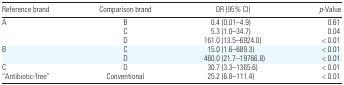
<table><thead><tr><td><b>Reference brand</b></td><td><b>Comparison brand</b></td><td><b>OR (95% CI)</b></td><td><b><i>p</i>-Value</b></td></tr></thead><tbody><tr><td>A</td><td>B</td><td>0.4 (0.01–4.9)</td><td>0.61</td></tr><tr><td></td><td>C</td><td>5.3 (1.0–34.7)</td><td>0.04</td></tr><tr><td></td><td>D</td><td>161.0 (13.5–6924.0)</td><td>&lt; 0.01</td></tr><tr><td>B</td><td>C</td><td>15.0 (1.6–689.3)</td><td>&lt; 0.01</td></tr><tr><td></td><td>D</td><td>460.0 (21.7–19766.8)</td><td>&lt; 0.01</td></tr><tr><td>C</td><td>D</td><td>30.7 (3.3–1365.6)</td><td>&lt; 0.01</td></tr><tr><td>“Antibiotic-free”</td><td>Conventional</td><td>25.2 (6.8–111.4)</td><td>&lt; 0.01</td></tr></tbody></table>